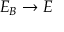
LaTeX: E _ { B } \to E